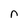
Character: n